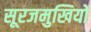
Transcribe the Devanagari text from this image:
सूरजमुखियों